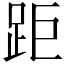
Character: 距